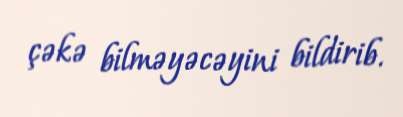
çəkə bilməyəcəyini bildirib.